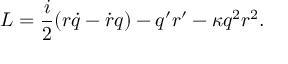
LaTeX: { \cal L } = \frac { i } { 2 } ( r \dot { q } - \dot { r } q ) - q ^ { \prime } r ^ { \prime } - \kappa q ^ { 2 } r ^ { 2 } .